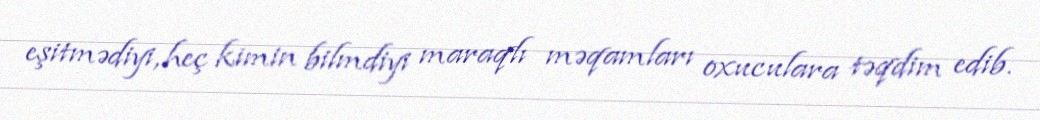
eşitmədiyi, heç kimin bilmdiyi maraqlı məqamları oxuculara təqdim edib.